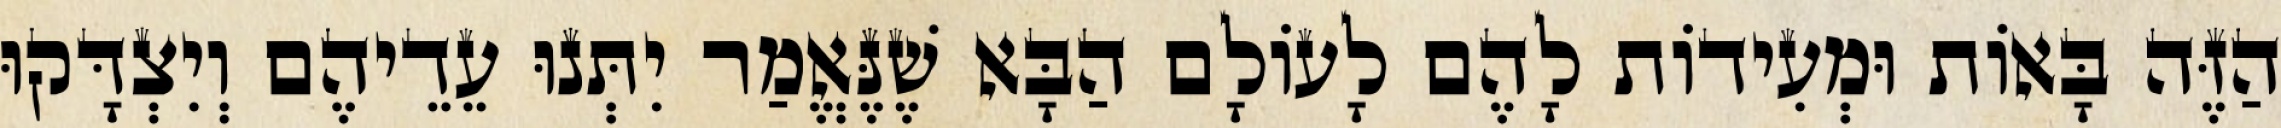
הַזֶּה בָּאוֹת וּמְעִידוֹת לָהֶם לָעוֹלָם הַבָּא שֶׁנֶּאֱמַר יִתְּנוּ עֵדֵיהֶם וְיִצְדָּקוּ